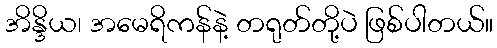
အိန္ဒိယ၊ အမေရိကန်နဲ့ တရုတ်တို့ပဲ ဖြစ်ပါတယ်။